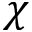
\chi